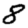
Digit: 8